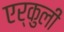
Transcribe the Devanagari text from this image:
एर्कुली